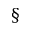
^ { \mathsection }